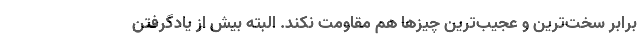
برابر سخت‌ترین و عجیب‌ترین چیزها هم مقاومت نکند. البته بیش از یادگرفتن